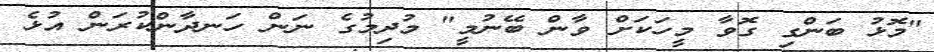
"މޮޅު ބަންގި ގޮވާ މީހަކަށް ވާން ބޭނުމީ" މުދިމުގެ ނަން ހަނދާންކުރަން އުޅެ